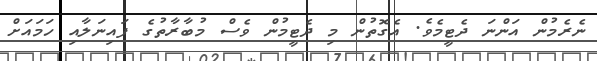
ނެރެމުން އަންނަ ދެޓީމެވެ. އެގޮތުން މި ދެޓީމުން ވެސް މުބާރާތުގެ ފައިނަލާއި ހަމައަށް